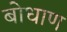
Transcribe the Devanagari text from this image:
बोधाण